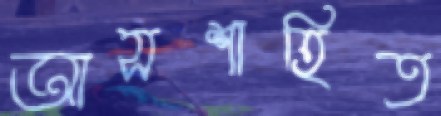
আসশাহিত